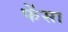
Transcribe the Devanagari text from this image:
फेंसा